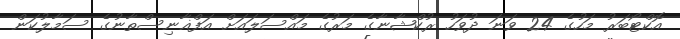
އޮކްޓޯބަރު މަހުގެ 24 ވަނަ ދުވަހު ރުކްޝާނާގެ މަރުގެ މައްސަލައަށް އަފްޣާނިސްތާނުގެ ސަމާލުކަން